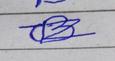
Signature authenticity: forged